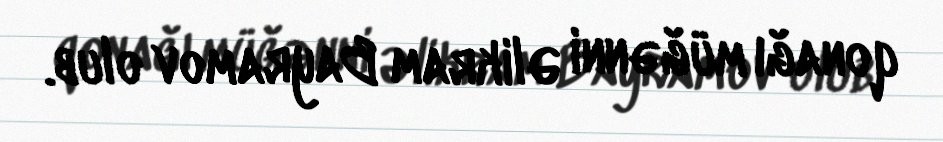
qonağı müğənni Əlikram Bayramov olub.